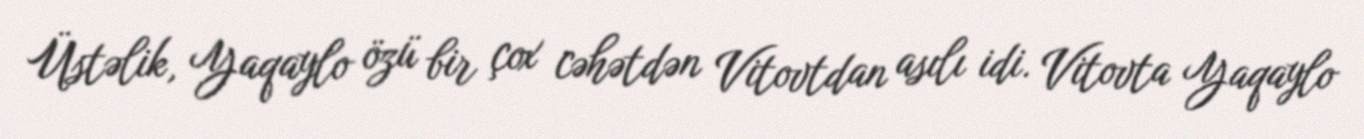
Üstəlik, Yaqaylo özü bir çox cəhətdən Vitovtdan asılı idi. Vitovta Yaqaylo